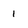
Character: 1